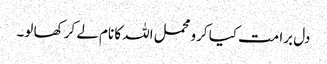
دل برا مت کیا کرو محمل اللہ کا نام لے کر کھا لو۔